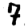
Digit: 7